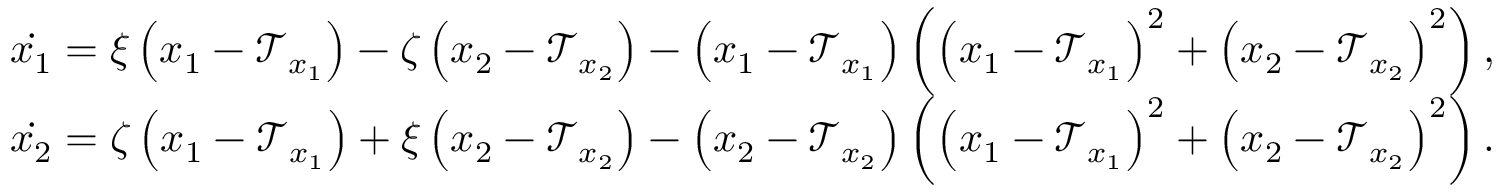
\begin{array} { r l } & { \Dot { x _ { 1 } } = \xi \left( x _ { 1 } - \mathcal { T } _ { x _ { 1 } } \right) - \zeta \left( x _ { 2 } - \mathcal { T } _ { x _ { 2 } } \right) - \left( x _ { 1 } - \mathcal { T } _ { x _ { 1 } } \right) \left( \left( x _ { 1 } - \mathcal { T } _ { x _ { 1 } } \right) ^ { 2 } + \left( x _ { 2 } - \mathcal { T } _ { x _ { 2 } } \right) ^ { 2 } \right) , } \\ & { \Dot { x _ { 2 } } = \zeta \left( x _ { 1 } - \mathcal { T } _ { x _ { 1 } } \right) + \xi \left( x _ { 2 } - \mathcal { T } _ { x _ { 2 } } \right) - \left( x _ { 2 } - \mathcal { T } _ { x _ { 2 } } \right) \left( \left( x _ { 1 } - \mathcal { T } _ { x _ { 1 } } \right) ^ { 2 } + \left( x _ { 2 } - \mathcal { T } _ { x _ { 2 } } \right) ^ { 2 } \right) . } \end{array}